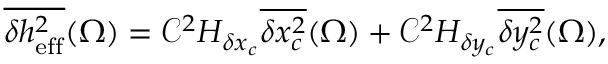
\overline { { \delta h _ { \mathrm { e f f } } ^ { 2 } } } ( \Omega ) = \mathcal { C } ^ { 2 } H _ { \delta x _ { c } } \overline { { \delta x _ { c } ^ { 2 } } } ( \Omega ) + \mathcal { C } ^ { 2 } H _ { \delta y _ { c } } \overline { { \delta y _ { c } ^ { 2 } } } ( \Omega ) ,